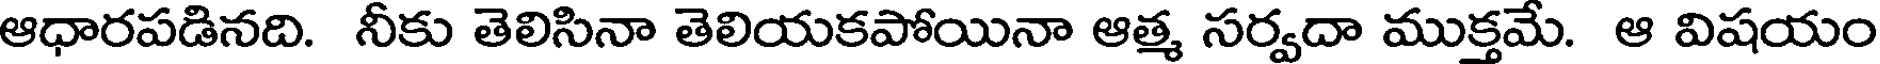
ఆధారపడినది. నీకు తెలిసినా తెలియకపోయినా ఆత్మ సర్వదా ముక్తమే. ఆ విషయం